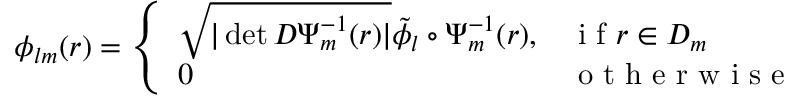
\phi _ { l m } ( r ) = \left\{ \begin{array} { l l } { \sqrt { | \operatorname* { d e t } D \Psi _ { m } ^ { - 1 } ( r ) | } \tilde { \phi } _ { l } \circ \Psi _ { m } ^ { - 1 } ( r ) , } & { \mathrm { ~ i ~ f ~ } r \in D _ { m } } \\ { 0 } & { \mathrm { ~ o ~ t ~ h ~ e ~ r ~ w ~ i ~ s ~ e ~ } } \end{array} \right.